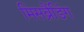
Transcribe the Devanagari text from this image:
मिसब्रैंडिंग